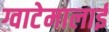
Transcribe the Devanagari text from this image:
ग्वाटेमालाई